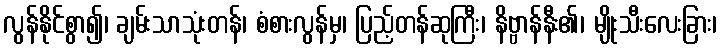
လွန်နိုင်စွာ၍၊ ချမ်းသာသုံးတန်၊ စံစားလွန်မှ၊ ပြည့်တန်ဆုကြီး၊ နိဗ္ဗာန်နီး၏၊ မျိုးသီးလေးခြား၊